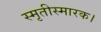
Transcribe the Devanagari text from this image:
स्मृतीस्मारक।